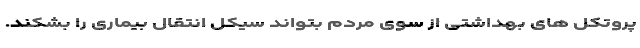
پروتکل های بهداشتی از سوی مردم بتواند سیکل انتقال بیماری را بشکند.